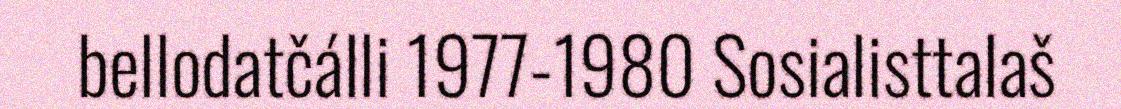
bellodatčálli 1977-1980 Sosialisttalaš